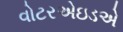
વોટરએઇડએ